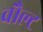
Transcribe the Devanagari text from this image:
वौल्ट